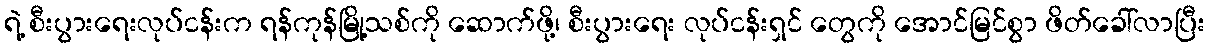
ရဲ့ စီးပွားရေးလုပ်ငန်းက ရန်ကုန်မြို့သစ်ကို ဆောက်ဖို့၊ စီးပွားရေး လုပ်ငန်းရှင် တွေကို အောင်မြင်စွာ ဖိတ်ခေါ်လာပြီး